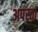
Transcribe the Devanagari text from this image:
अपस्ता